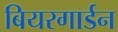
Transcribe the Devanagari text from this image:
बियरगार्डन